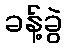
ခန့်ခွဲ